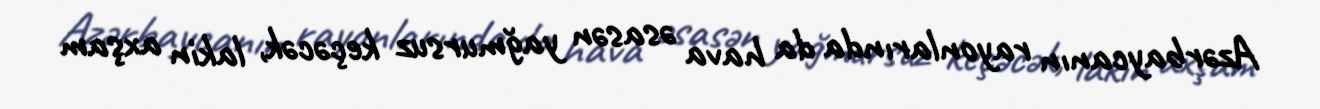
Azərbaycanın rayonlarında da hava əsasən yağmursuz keçəcək, lakin axşam